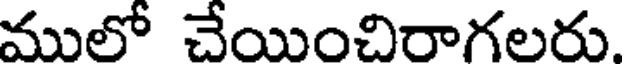
ములో చేయించిరాగలరు